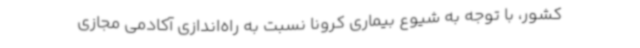
کشور، با توجه به شیوع بیماری کرونا نسبت به راه‌اندازی آکادمی مجازی